Annual report on the working of the mental hospitals in the Madras Presidency - 1912-1932
Year: 1912
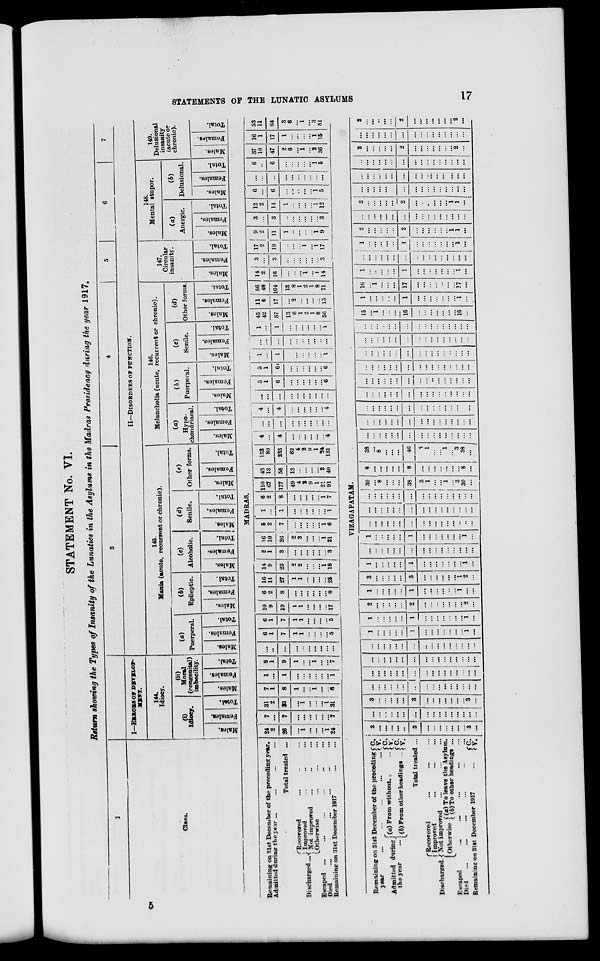
STATEMENTS OF THE LUNATIC ASYLUMS
17
STATEMENT No. VI.
Return showing the Types of Insanity of the Lunatics in the Asylums in the Madras Presidency during the year 1917.
1
Class.
2
I—ERRORS OF DEVELOP-
MENT.
144.
Idiocy.
(i)
Idiocy.
Males.
Females.
Total.
(ii)
Moral
(congenital)
imbecility.
Males.
Females.
Total.
3
4
5
6
7
II—DISORDERS OF FUNCTION.
145.
Mania (acute, recurrent or chronic).
(a)
Puerperal.
Males.
Females.
Total.
(b)
Epileptic.
Males.
Females.
Total.
(c)
Alcoholic.
Males.
Females.
Total.
(d)
Senile.
Males.
Females.
Total.
(e)
Other forms.
Males.
Females.
Total.
146.
Melancholia (acute, recurrent or chronic).
(a)
Hypo-
chondriacal.
Males.
Females.
Total.
(b)
Puerperal.
Males.
Females.
Total.
(c)
Senile.
Males.
Females.
Total.
(d)
Other forms.
Males.
Females.
Total.
147.
Circular
insanity.
Males.
Females.
Total.
148.
Mental stupor.
(a)
Anergic.
Males.
Females.
Total.
(b)
Delusional.
Males.
Females.
Total.
149.
Delusional
insanity
(acute or
chronic).
Males.
Females.
Total.
MADRAS.
Remaining on 31st December of the preceding year.
Admitted during the year ... ... ... ...
Total treated ...
Discharged ...
Recovered ... ... ...
Improved ... ... ...
Not improved ... ... ...
Otherwise ... ... ...
Escaped ...
... ... ... ... ...
Died
...
...
...
...
...
Remaining on 31st December 1917 ... ...
24
2
26
...
1
...
...
...
1
24
7
...
7
...
...
...
...
...
...
7
31
2
33
...
1
...
...
...
1
31
7
1
8
1
...
...
1
...
...
6
1
...
1
...
...
...
...
...
...
1
8
1
9
1
...
...
1
...
...
7
...
...
...
...
...
...
...
...
...
...
6
1
7
1
1
...
...
...
...
5
6
1
7
1
1
...
...
...
...
5
10
9
19
1
1
...
...
...
...
17
6
2
8
...
...
...
...
...
...
8
16
11
27
1
1
...
...
...
...
25
14
9
23
2
2
...
...
...
1
18
2
1
3
...
...
...
...
...
...
3
16
10
26
2
2
...
...
...
1
21
5
2
7
...
...
...
...
...
1
6
1
...
1
...
...
...
...
...
...
1
6
2
8
...
...
...
...
...
1
7
110
67
177
49
4
2
9
1
21
91
43
13
56
13
...
...
...
...
3
40
153
80
233
62
4
2
9
1
24
131
4
...
4
...
...
...
...
...
...
4
...
...
...
...
...
...
...
...
...
...
4
...
4
...
...
...
...
...
...
4
...
...
...
...
...
...
...
...
...
...
5
1
6
...
...
...
...
...
...
6
5
1
6
...
...
...
...
...
...
6
1
...
1
...
...
...
...
...
...
1
...
...
...
...
...
...
...
...
...
...
1
...
1
...
...
...
...
...
...
1
45
42
87
13
6
1
2
1
8
56
11
6
17
...
2
...
...
...
...
15
56
48
104
13
8
1
2
1
8
71
14
2
16
...
...
...
1
...
1
14
3
...
3
...
...
...
...
...
...
3
17
2
19
...
...
...
1
...
1
17
9
2
11
1
...
...
...
...
1
9
3
...
3
...
...
...
...
...
...
3
12
2
14
1
...
...
...
...
1
12
6
...
6
...
...
...
...
...
1
5
...
...
...
...
...
...
...
...
...
...
6
...
6
...
...
...
...
...
1
5
37
10
47
2
6
...
1
...
2
36
16
1
17
1
...
...
...
...
1
15
53
11
64
3
6
...
1
...
3
51
VIZAGAPATAM.
Remaining on 31st December of the preceding
year
...
...
...
...
...
Admitted during
the year ...
(a) From without ... ...
(b)
From other headings ...
C.
V.
C.
V.
C.
V.
Total treated ...
Discharged.
Recovered ... ... ...
Improved ... ... ...
Not improved … … …
Otherwise (a) To leave the Asylum.
(b) To other headings ...
Escaped
...
... ... ... ...
Died ... ... ... ... ... ...
Remaining on 31st December 1917 ...
C.
V.
3
...
...
...
...
...
3
...
...
...
...
...
...
...
3
...
...
...
..
...
...
...
...
...
...
...
...
...
...
...
...
...
3
...
...
...
...
...
3
...
...
...
...
...
....
...
3
...
...
...
...
...
...
...
...
...
...
...
...
...
...
...
...
...
...
...
...
...
...
...
...
...
...
...
...
...
...
...
...
...
...
...
...
...
...
...
...
...
...
...
...
...
...
...
...
...
...
...
...
...
...
...
...
...
...
...
...
...
...
...
...
...
1
...
...
...
...
...
1
...
...
...
...
...
...
...
1
...
1
...
...
...
...
...
1
...
...
...
...
...
...
...
1
...
2
...
...
...
...
...
2
...
...
...
...
...
...
...
2
...
1
...
...
...
...
...
1
...
...
...
...
...
...
1
...
...
3
...
...
...
...
...
3
...
...
...
...
...
...
1
2
...
1
...
...
...
...
...
1
...
...
...
...
...
...
...
1
...
...
...
...
...
...
...
...
...
...
...
...
...
...
...
...
...
1
...
...
...
...
...
1
...
...
...
...
...
...
...
1
...
...
...
...
...
...
...
...
...
...
...
...
...
...
...
...
...
...
...
...
...
...
...
...
...
...
...
...
...
...
...
...
...
...
...
...
...
...
...
...
...
...
...
...
...
...
...
...
...
30
...
8
...
...
...
38
3
1
...
...
1
...
3
30
...
8
...
...
...
...
...
8
...
...
...
...
...
...
...
8
...
38
...
8
...
...
...
46
3
1
...
...
1
...
3
38
...
...
...
...
...
...
...
...
...
...
...
...
...
...
...
...
...
...
...
...
...
...
...
...
...
...
...
...
...
...
...
...
...
...
...
...
...
...
...
...
...
...
...
...
...
...
...
...
...
...
...
...
...
...
...
...
...
...
...
...
...
...
...
...
...
...
...
...
...
...
...
...
...
...
...
...
...
...
...
...
...
...
...
...
...
...
...
...
...
...
...
...
...
...
...
...
...
... ...
...
...
...
...
...
...
...
...
...
...
...
...
...
...
...
...
...
...
...
...
...
...
...
...
...
...
...
...
...
...
...
...
...
...
...
...
...
...
...
...
...
...
...
...
...
...
15
...
1
...
...
...
16
...
...
...
...
...
...
...
16
...
1
...
...
...
...
...
1
...
...
...
...
...
...
...
1
...
16
...
1
...
...
...
17
...
...
...
...
...
...
...
17
...
1
...
...
...
...
...
1
...
...
...
...
...
...
...
1
...
...
...
...
...
...
...
...
...
...
...
...
...
...
...
...
...
1
...
...
...
... ...
1
...
...
...
...
...
...
...
1
...
2
...
...
...
...
...
2
...
...
...
...
...
...
1
1
...
...
...
...
...
...
...
...
...
...
...
...
...
...
...
...
...
2
...
...
...
...
...
2
...
...
...
...
...
...
1
1
...
...
...
...
...
...
...
...
...
...
...
...
...
...
...
...
...
...
...
...
...
...
...
...
...
...
...
...
...
...
...
...
...
...
...
...
...
...
...
...
...
...
...
...
...
...
...
...
...
2
...
...
...
...
...
2
...
...
...
...
...
...
...
2
...
...
...
...
...
...
...
...
...
...
...
...
...
...
...
...
...
2
...
...
...
...
...
2
...
...
...
...
...
...
...
2
...
5